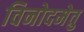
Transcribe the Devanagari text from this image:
विनोदमेतु